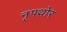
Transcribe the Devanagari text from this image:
नृपथोर